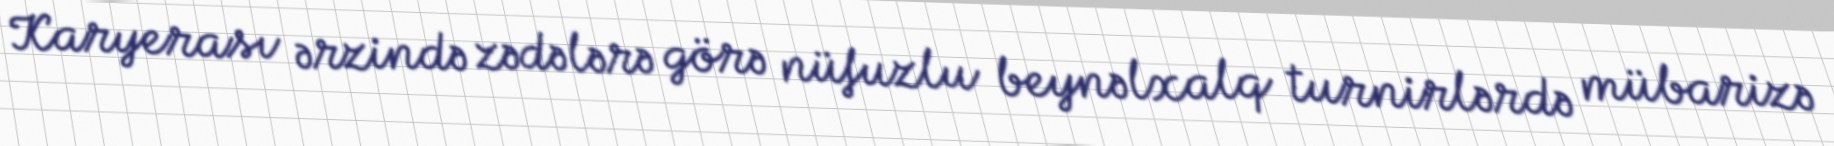
Karyerası ərzində zədələrə görə nüfuzlu beynəlxalq turnirlərdə mübarizə